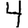
Digit: 4